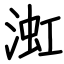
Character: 渱